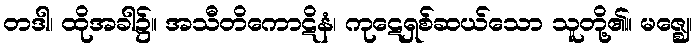
တဒါ၊ ထိုအခါ၌။ အသီတိကောဋိနံ၊ ကုဋေရှစ်ဆယ်သော သူတို့၏။ မဇ္ဈေ၊